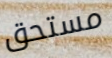
مستحق